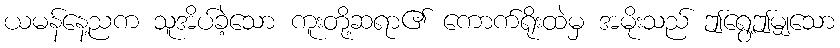
ယမန်နေ့ညက သူအိပ်ခဲ့သော ကူးတို့ဆရာ၏ ကောက်ရိုးထဲမှ အမိုးသည် ဤရွေ့ဤမျှသော